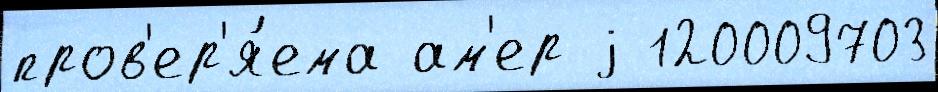
пров'ер'я́ема ам'ер j 120009703